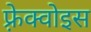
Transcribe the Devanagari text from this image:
फ़्रेक्वोइस